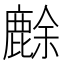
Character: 𪊸